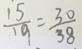
\frac { 1 5 } { 1 9 } = \frac { 3 0 } { 3 8 }